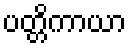
ပတ္တိကာယာ